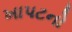
ખાપટનો